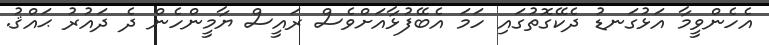
އެހެންވީމާ އަޅުގަނޑު ދެކޭގޮތުގައި ހަމަ އެބޭފުޅާއަށްވެސް ރައީސް ޔާމީންހެން ދެ ދައުރު ޙައްޤު.